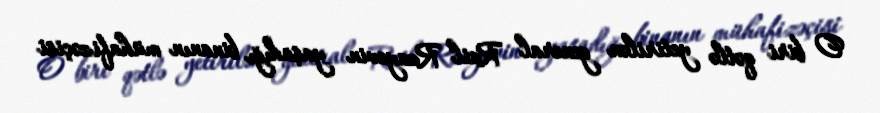
O biri qətlə yetirilən general Rail Rzayevin yaşadığı binanın mühafizəçisi